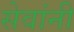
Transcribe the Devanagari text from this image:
सेवांनी